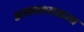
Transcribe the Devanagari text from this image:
असवश्यकता